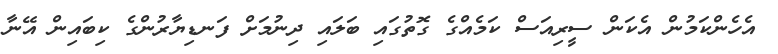
އެހެންކަމުން އެކަން ސީރިއަސް ކަމެއްގެ ގޮތުގައި ބަލައި ދިނުމަށް ފަނޑިޔާރުންގެ ކިބައިން އޭނާ